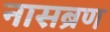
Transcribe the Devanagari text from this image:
नासब्रण